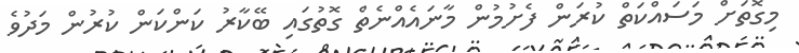
މިގޮތަށް މަސައްކަތް ކުރަން ފެށުމުން މާނައެއްނެތް ގޮތުގައި ބޭކާރު ކަންކަން ކުރުން މަދުވެ